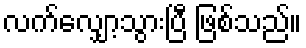
လက်လျှော့သွားပြီ ဖြစ်သည်။